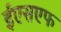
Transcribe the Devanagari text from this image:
ईएसएफ